Leaving Certificate Examination (including Day School Certificate (Higher) General paper), 1929
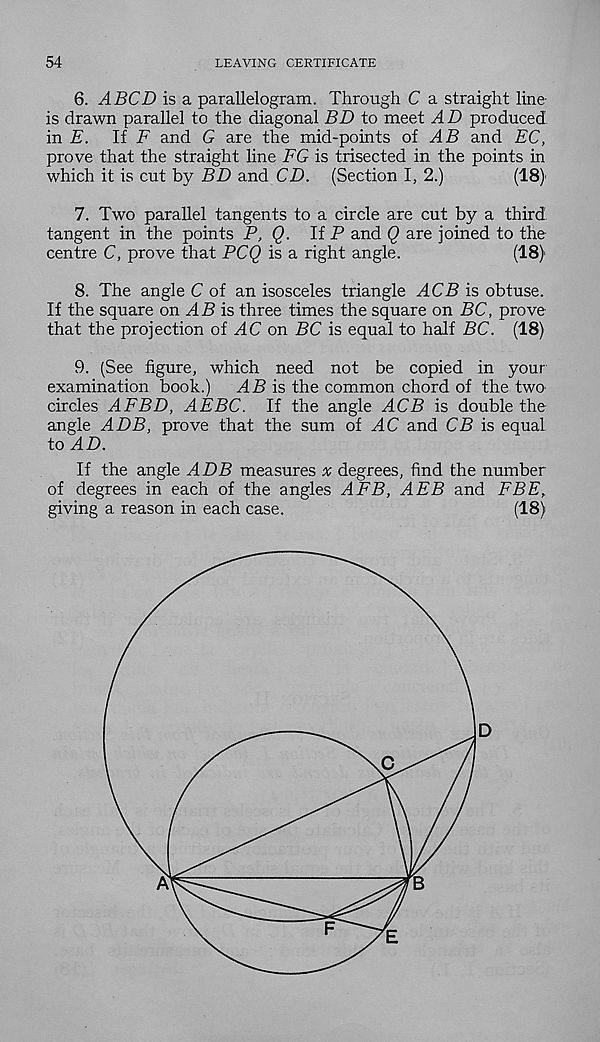
54
LEAVING CERTIFICATE
6. A BCD is a parallelogram. Through C a straight line-
is drawn parallel to the diagonal BD to meet AD produced
in E.
If F and G are the mid-points of AB and EC,
prove that the straight line EG is trisected in the points in
which it is cut by BD and CD. (Section I, 2.)
(18)'
7. Two parallel tangents to a circle are cut by a third
tangent in the points P, Q. HP and Q are joined to the
centre C, prove that PCQ is a right angle.
(18)
8. The angle C of an isosceles triangle ACB is obtuse.
If the square on ^45 is three times the square on BC, prove
that the projection of AC on BC is equal to half BC. (18)
9. (See figure, which need not be copied in your
examination book.)
AB is the common chord of the two
circles AFBD, AEBC. If the angle ACB is double the
angle ADB, prove that the sum of AC and CB is equal
to AD.
If the angle ADB measures x degrees, find the number
of degrees in each of the angles AFB, AEB and FBE,
giving a reason in each case.
(18)